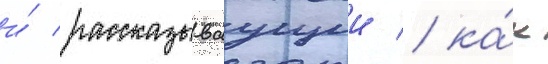
и́ рассказываущии / ка́к